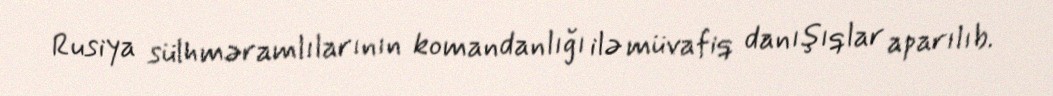
Rusiya sülhməramlılarının komandanlığı ilə müvafiq danışıqlar aparılıb.